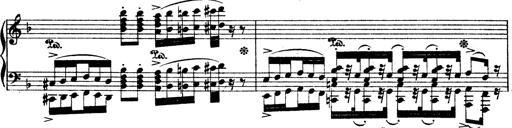
Title: Illustrations de l'opÃ©ra L'Africaine
Composer: Franz Liszt